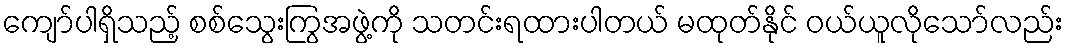
ကျော်ပါရှိသည့် စစ်သွေးကြွအဖွဲ့ကို သတင်းရထားပါတယ် မထုတ်နိုင် ဝယ်ယူလိုသော်လည်း